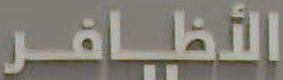
الأظافر